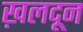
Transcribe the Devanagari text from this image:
ख़लदून